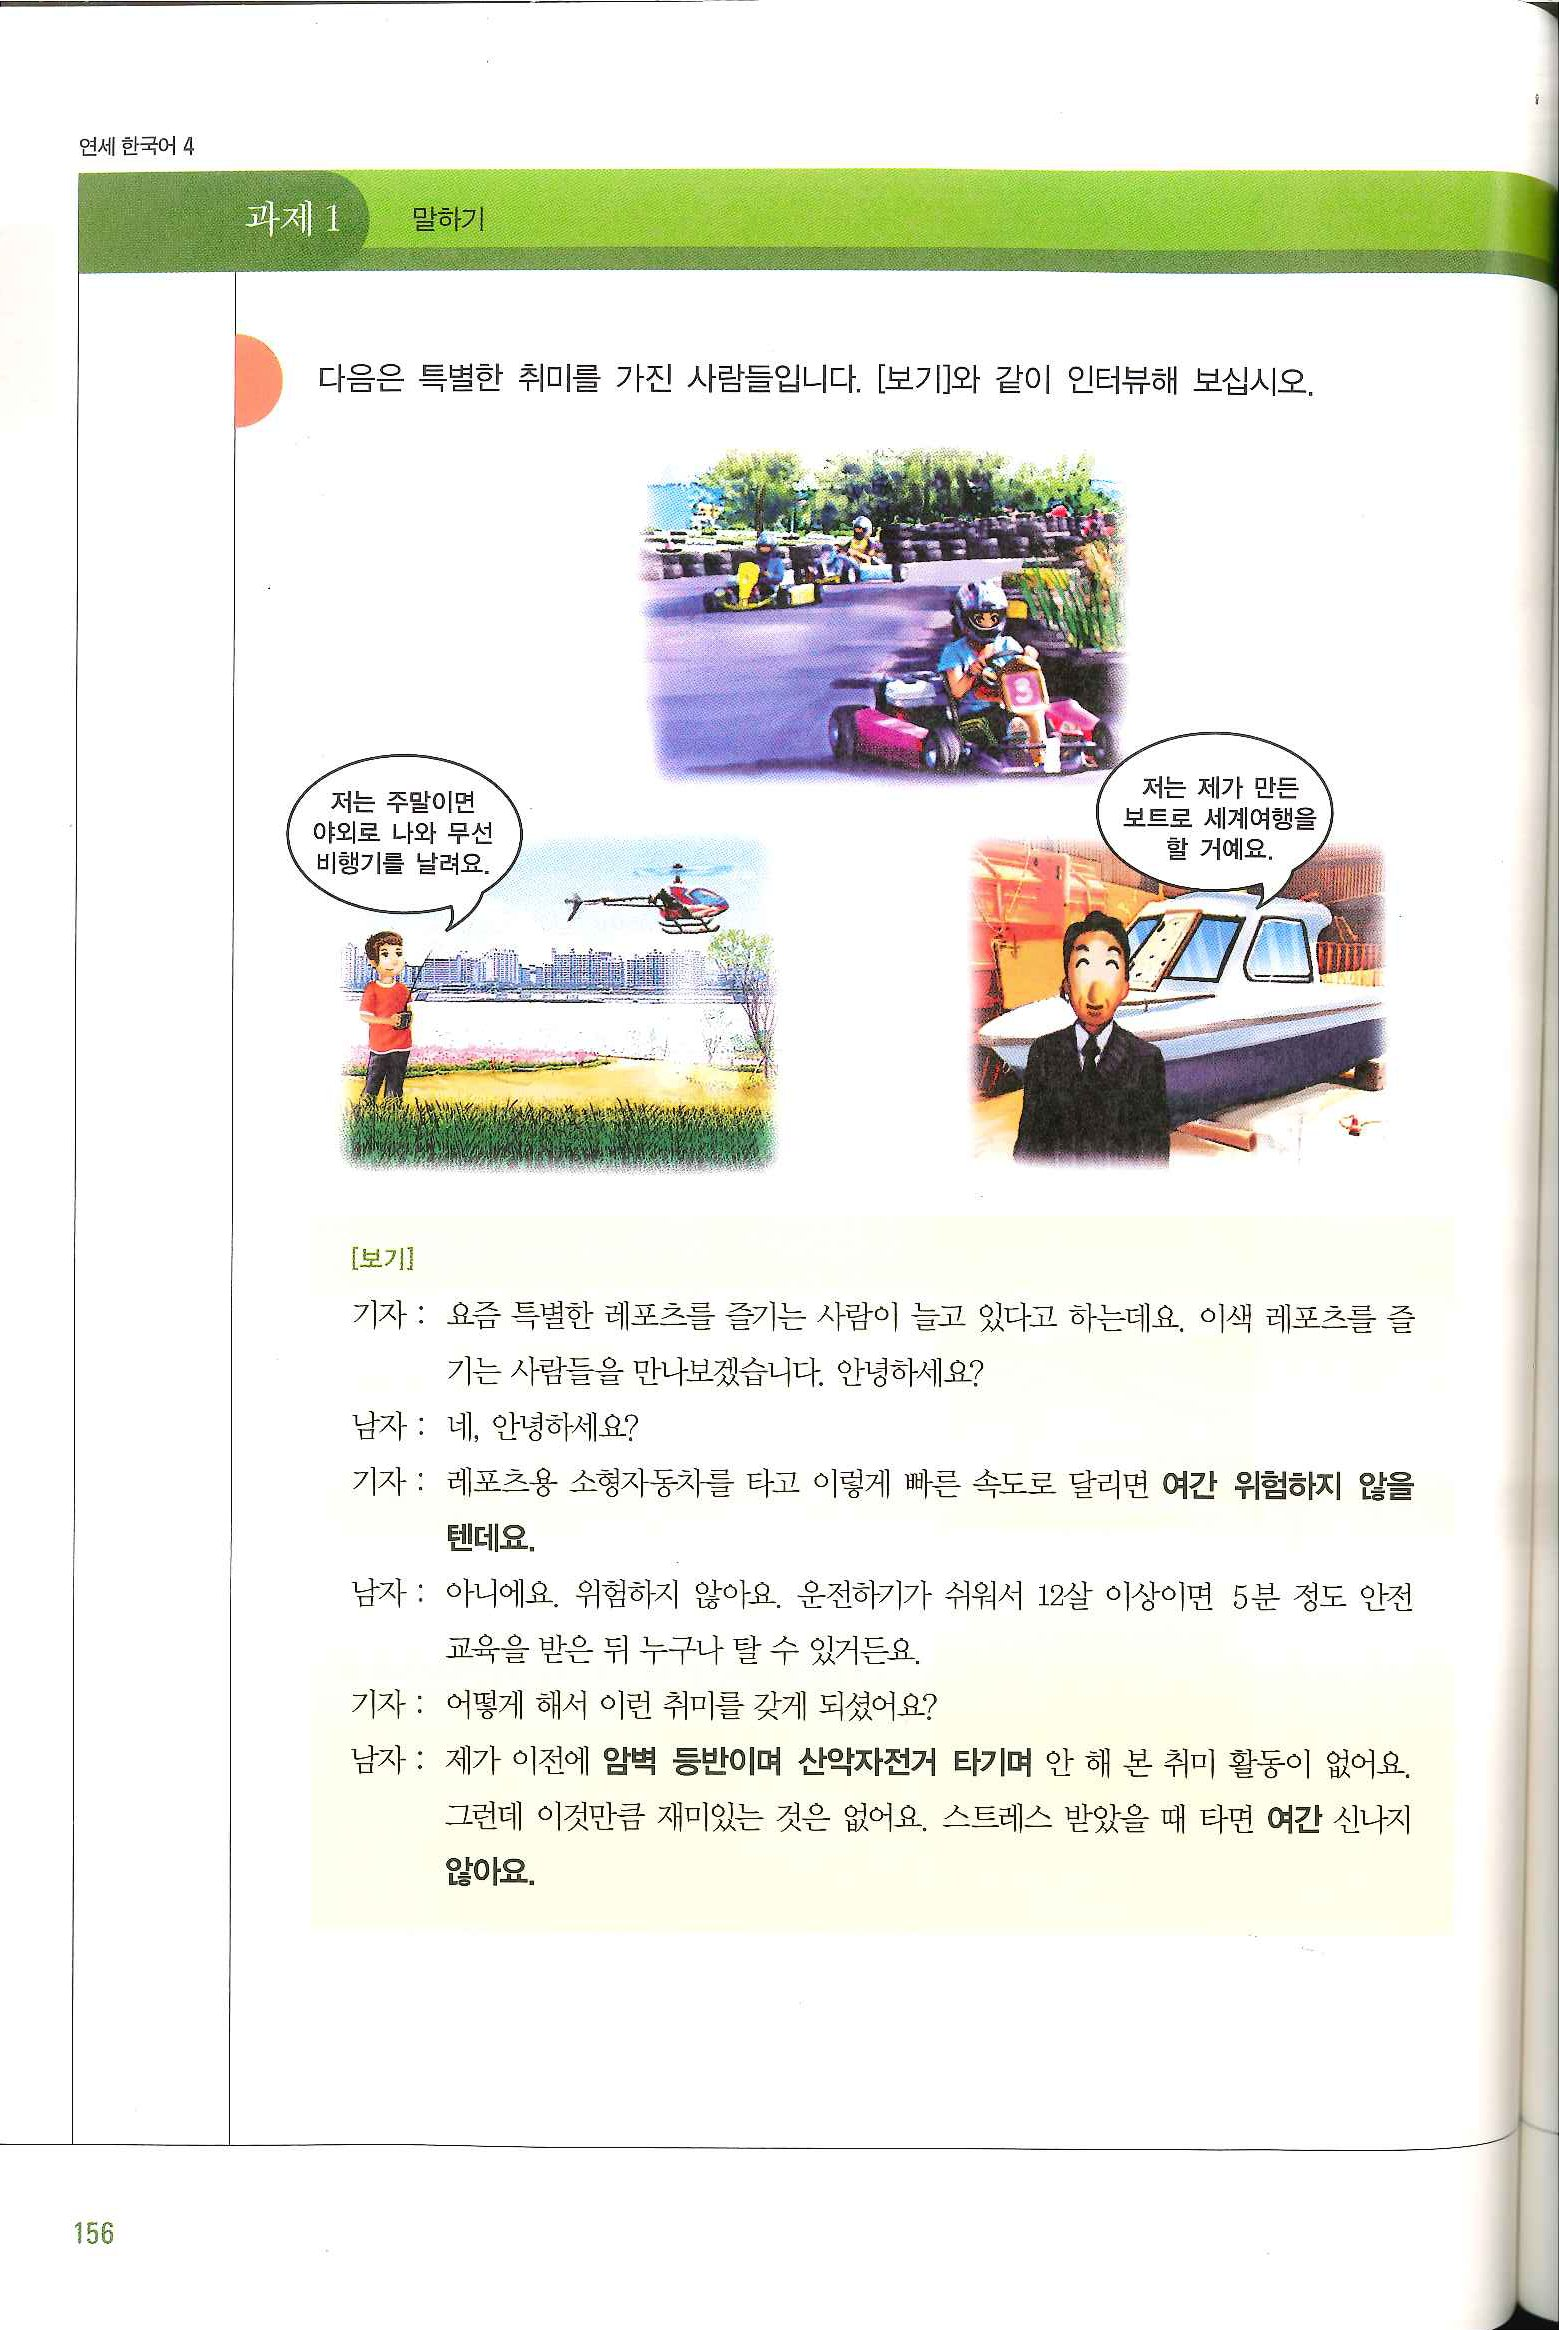
Language: ko